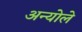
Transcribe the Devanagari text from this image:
अन्योले